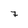
Character: 7